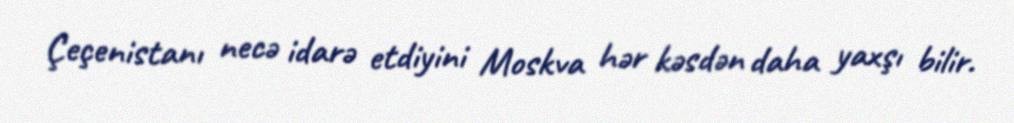
Çeçenistanı necə idarə etdiyini Moskva hər kəsdən daha yaxşı bilir.